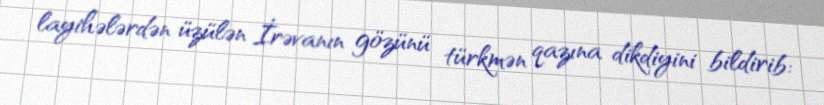
layihələrdən üzülən İrəvanın gözünü türkmən qazına dikdiyini bildirib: